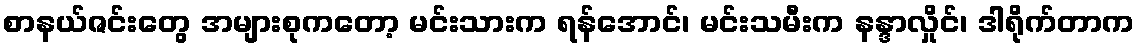
စာနယ်ဇင်းတွေ အများစုကတော့ မင်းသားက ရန်အောင်၊ မင်းသမီးက နန္ဒာလှိုင်၊ ဒါရိုက်တာက